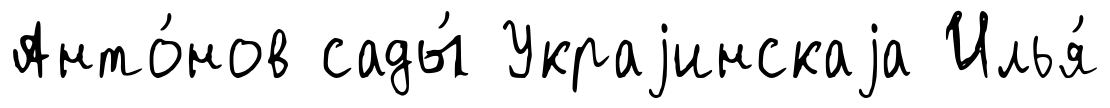
Анто́нов сады́ Украjинскаjа Илья́